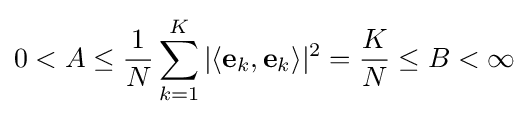
0<A\leq {\frac {1}{N}}\sum _{k=1}^{K}|\langle \mathbf {e} _{k},\mathbf {e} _{k}\rangle |^{2}={\frac {K}{N}}\leq B<\infty